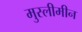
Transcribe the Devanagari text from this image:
मुस्लीमीन